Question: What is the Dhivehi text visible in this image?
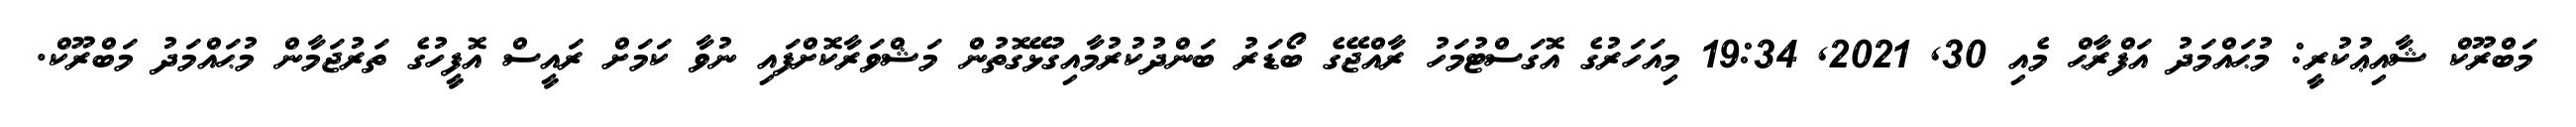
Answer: މަބްރޫކް ޝާއިޢުކުރީ: މުޙައްމަދު އަފްރާޙް މެއި 30, 2021, 19:34 މިއަހަރުގެ އޮގަސްޓުމަހު ރާއްޖޭގެ ބޯޑަރު ބަންދުކުރުމާއިގުޅޭގޮތުން މަޝްވަރާކޮށްފައި ނުވާ ކަމަށް ރައީސް އޮފީހުގެ ތަރުޖަމާން މުޙައްމަދު މަބްރޫކް.